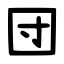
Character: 団